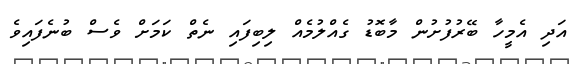
އަދި އެމީހާ ބޭރުފުށުން މާބޮޑު ގެއްލުމެއް ލިބިފައި ނެތް ކަމަށް ވެސް ބުނެފައިވެ